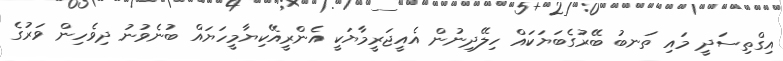
އިގްތިސަދީ މައި ތަނބު ބޭރުގެބަޔަކައް ހިލޭދިނުން އެއީޖަރީމާޔަކީ އެންރީއޭކިޔާމީހަޔައް ބުނެވުނު ދިވެހިން ވަރުގެ